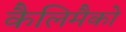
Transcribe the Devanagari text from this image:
कैलिमैको